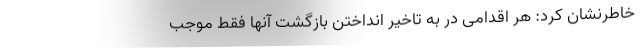
خاطرنشان کرد: هر اقدامی در به تاخیر انداختن بازگشت آنها فقط موجب